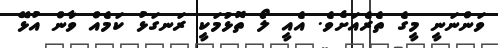
ވަންނަނީ މީގެ ތެރެއަށެވެ. އެއީ ލޯ ތޮޅުމަކީ ރަނގަޅު ކަމެއް ވާން އުޅޭ